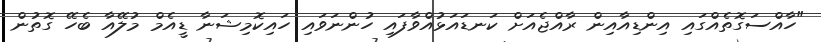
"ހާއްސަގޮތެއްގައި އިންޑިއާއިން ރާއްޖެއަށް ކަނޑައަޅުއްވާފައި ހުންނަވައި ހައިކޮމިޝަނާ ޑީއެމް މުލޭއާ ބެހޭ ގޮތުން